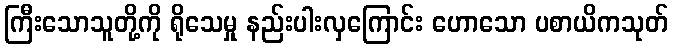
ကြီးသောသူတို့ကို ရိုသေမှု နည်းပါးလှကြောင်း ဟောသော ပစာယိကသုတ်